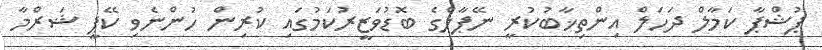
ޕުޝްޕާ ކަމާލް ދަހަލް އިންތިޚާބުކުރީ ނޭޕާލްގެ ބޮޑުވަޒީރުކަމުގައި ކުރިން ހުންނެވި ކޭޕީ ޝަރްމާ